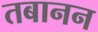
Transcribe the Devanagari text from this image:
तबानन